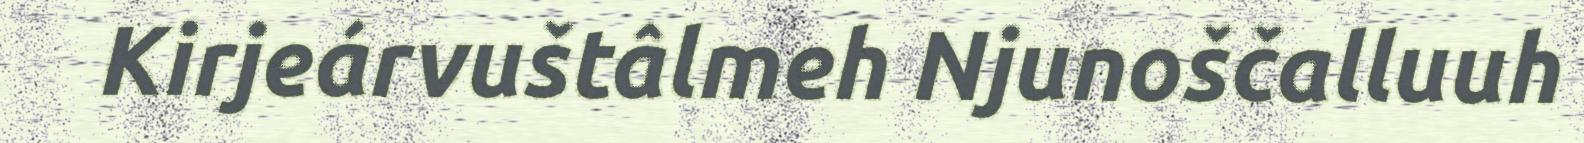
Kirjeárvuštâlmeh Njunoščalluuh